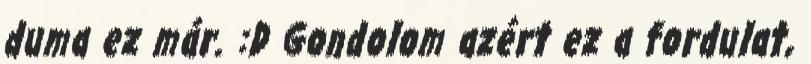
duma ez már. :D Gondolom azért ez a fordulat,